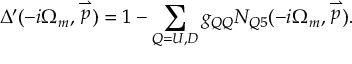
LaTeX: { \Delta } ^ { \prime } ( - i \Omega _ { m } , \stackrel { \rightharpoonup } { p } ) = 1 - \sum _ { Q = U , D } g _ { Q Q } N _ { Q 5 } ( - i \Omega _ { m } , \stackrel { \rightharpoonup } { p } ) .